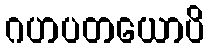
ဂဟပတယောပိ